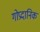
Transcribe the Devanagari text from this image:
गोप्रदानिक